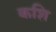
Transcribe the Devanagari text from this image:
कशि